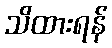
သိထားရန်